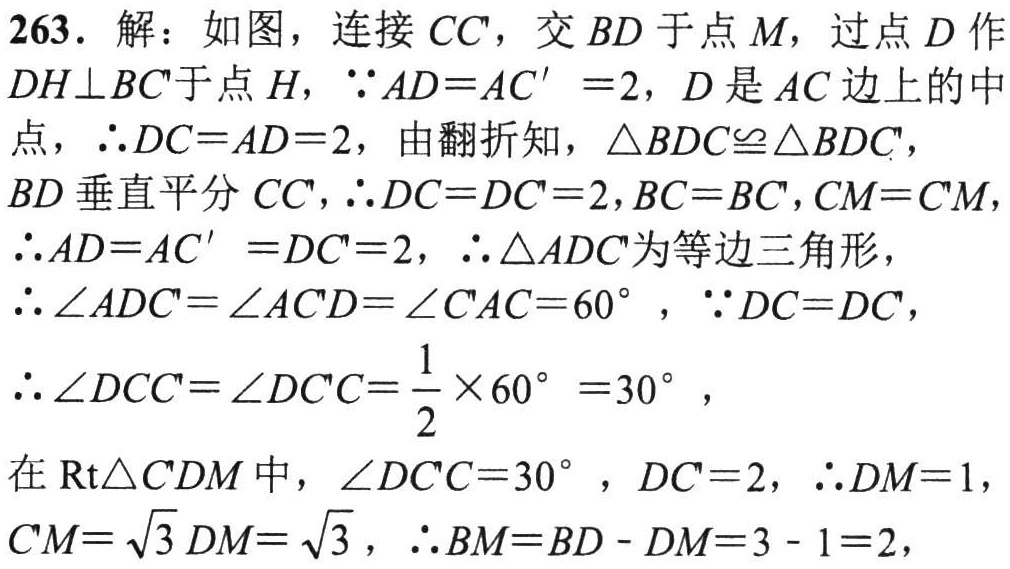
263. 解：如图，连接 \(CC'\)，交 \(BD\) 于点 \(M\)，过点 \(D\) 作 \(DH\perp BC'\)于点 \(H\)，\(\because AD = AC' = 2\)，\(D\) 是 \(AC\) 边上的中点，\(\therefore DC = AD = 2\)，由翻折知，\(\triangle BDC\cong\triangle BDC'\)，\(BD\) 垂直平分 \(CC'\)，\(\therefore DC = DC' = 2\)，\(BC = BC'\)，\(CM = C'M\)，\(\therefore AD = AC' = DC' = 2\)，\(\therefore\triangle ADC'\) 为等边三角形，\(\therefore\angle ADC'=\angle AC'D=\angle C'AC = 60^{\circ}\)，\(\because DC = DC'\)，\(\therefore\angle DCC'=\angle DC'C=\frac{1}{2}\times60^{\circ}=30^{\circ}\)，在 \(\text{Rt}\triangle C'DM\) 中，\(\angle DC'C = 30^{\circ}\)，\(DC' = 2\)，\(\therefore DM = 1\)，\(C'M=\sqrt{3}DM=\sqrt{3}\)，\(\therefore BM = BD - DM = 3 - 1 = 2\)，